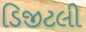
ડિજીટલી